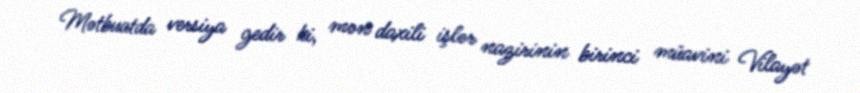
Mətbuatda versiya gedir ki, mən daxili işlər nazirinin birinci müavini Vilayət